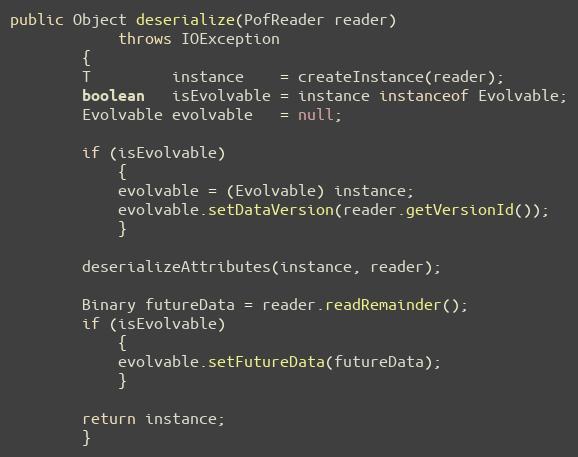
Language: Java
public Object deserialize(PofReader reader)
            throws IOException
        {
        T         instance    = createInstance(reader);
        boolean   isEvolvable = instance instanceof Evolvable;
        Evolvable evolvable   = null;

        if (isEvolvable)
            {
            evolvable = (Evolvable) instance;
            evolvable.setDataVersion(reader.getVersionId());
            }

        deserializeAttributes(instance, reader);

        Binary futureData = reader.readRemainder();
        if (isEvolvable)
            {
            evolvable.setFutureData(futureData);
            }

        return instance;
        }